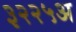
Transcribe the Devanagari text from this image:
३२२५अ